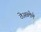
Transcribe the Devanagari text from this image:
ठेअव्लेले